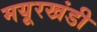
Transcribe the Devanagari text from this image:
मयूरखंडी